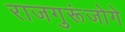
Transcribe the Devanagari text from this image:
राजगुरूंजोगे